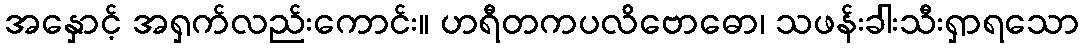
အနှောင့် အရှက်လည်းကောင်း။ ဟရီတကပလိဗောဓော၊ သဖန်းခါးသီးရှာရသော